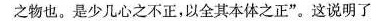
之物也。是少几心之不正，以全其本体之正”。这说明了